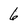
Character: 6